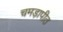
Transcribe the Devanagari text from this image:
चमड़ापीठ